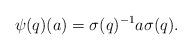
LaTeX: \begin{align*}\psi(q)(a)=\sigma(q)^{-1}a\sigma(q).\end{align*}